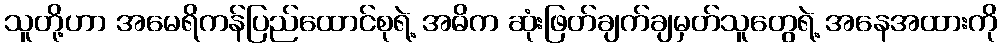
သူတို့ဟာ အမေရိကန်ပြည်ထောင်စုရဲ့ အဓိက ဆုံးဖြတ်ချက်ချမှတ်သူတွေရဲ့ အနေအထားကို